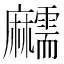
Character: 𪎱